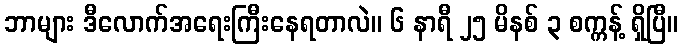
ဘာများ ဒီလောက်အရေးကြီးနေရတာလဲ။ ၆ နာရီ ၂၅ မိနစ် ၃ စက္ကန့် ရှိပြီ။